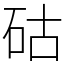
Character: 𥑮